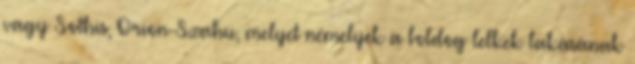
vagy Sothis, Orion-Szahu, melyet némelyek a boldog lelkek lakásának